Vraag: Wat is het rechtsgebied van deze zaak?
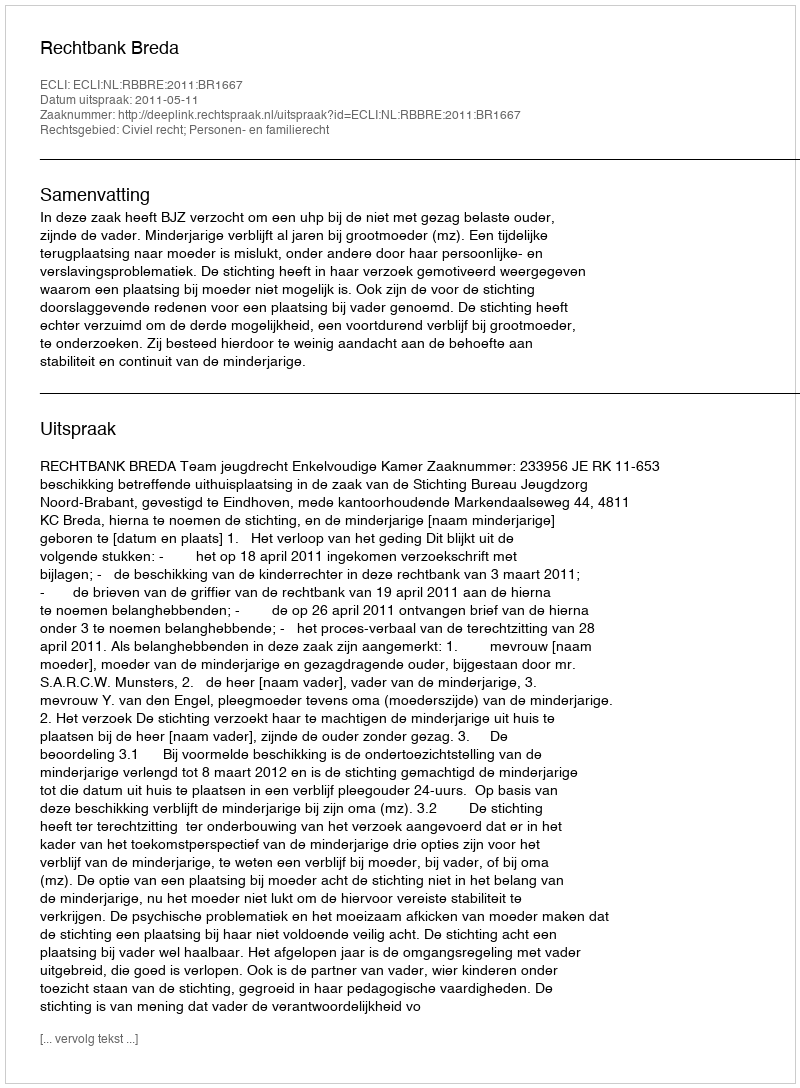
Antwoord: Civiel recht; Personen- en familierecht